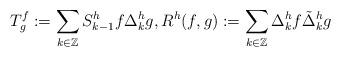
LaTeX: \begin{align*} T^f_g:=\sum_{k\in\mathbb Z}S^h_{k-1}f\Delta^h_kg, R^h(f,g):=\sum_{k\in\mathbb Z}\Delta^h_kf\tilde\Delta^h_kg \end{align*}